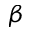
\beta